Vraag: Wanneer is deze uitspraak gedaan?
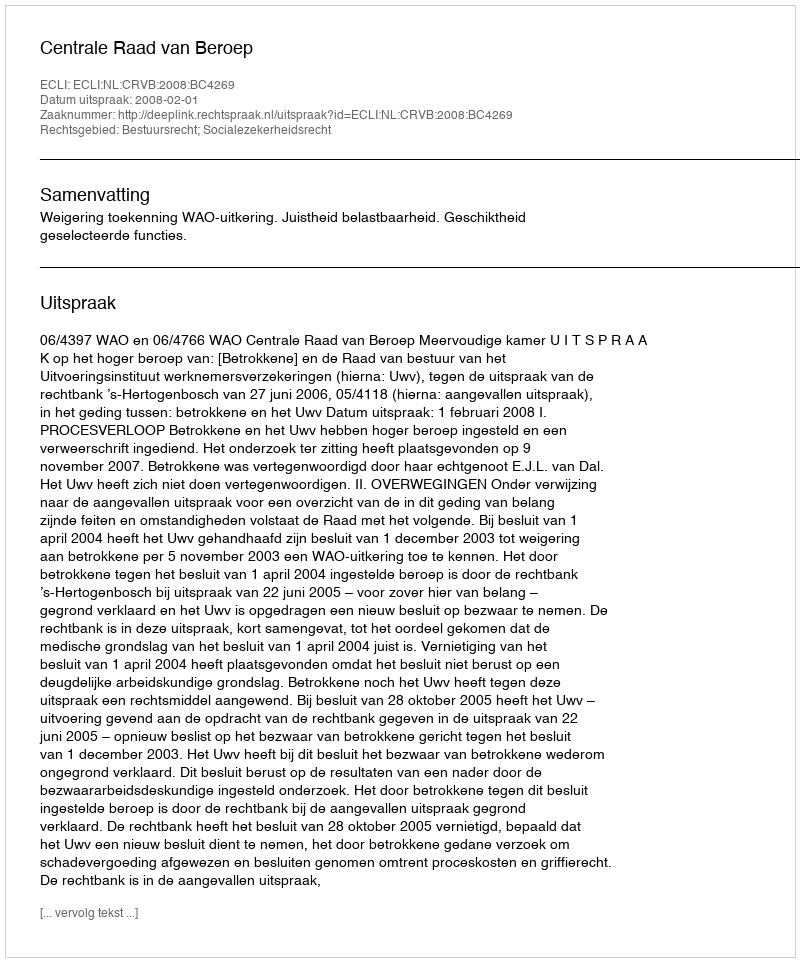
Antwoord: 2008-02-01